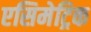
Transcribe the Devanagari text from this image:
एसिमेट्रिक